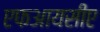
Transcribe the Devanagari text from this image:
एफआयसीए